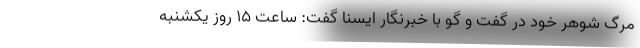
مرگ شوهر خود در گفت و گو با خبرنگار ایسنا گفت: ساعت ۱۵ روز یکشنبه